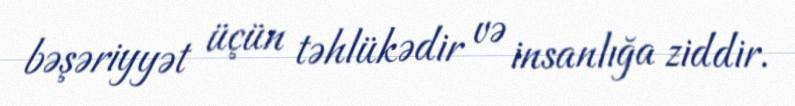
bəşəriyyət üçün təhlükədir və insanlığa ziddir.